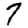
Digit: 7